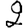
Digit: 2